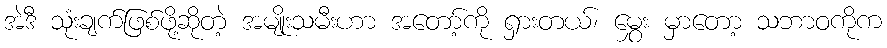
အဲဒီ သုံးချက်ဖြစ်ဖို့ဆိုတဲ့ အမျိုးသမီးဟာ အတော့်ကို ရှားတယ်၊ မွှေး မှာတော့ သဘာဝကိုက